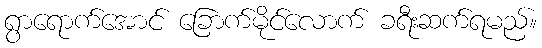
ရွာရောက်အောင် ခြောက်မိုင်လောက် ခရီးဆက်ရမည်။